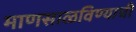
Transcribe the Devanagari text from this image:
माणसाळविण्याची